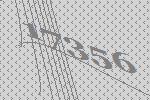
17356